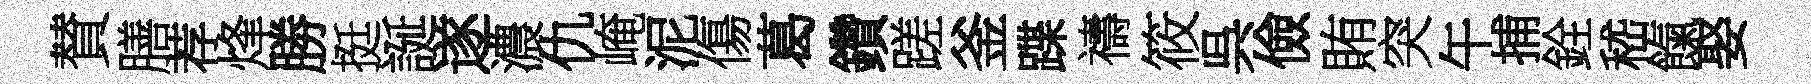
賛膳荐烽勝挺誕遂濃仇崦泥傷葛鑽蹉釜蹀禱筱呉儉賄突午捕銓嵇餼娶